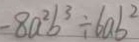
= 8 a ^ { 2 } b ^ { 3 } \div 6 a b ^ { 2 }